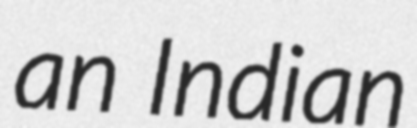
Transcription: an Indian